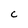
Character: C